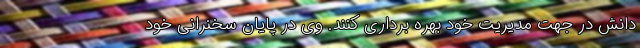
دانش در جهت مدیریت خود بهره­ برداری کنند. وی در پایان سخنرانی خود